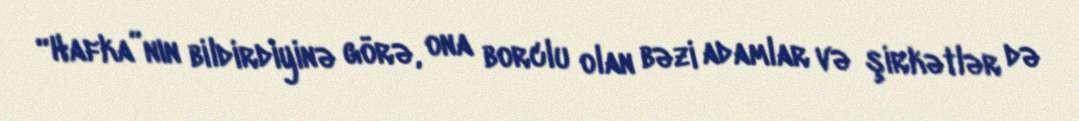
“Hafka”nın bildirdiyinə görə, ona borclu olan bəzi adamlar və şirkətlər də